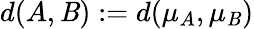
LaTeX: d(A,\mathit{B}):=d(\mu_{A},\mu_{\mathit{B}})